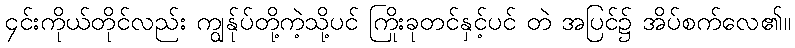
၄င်းကိုယ်တိုင်လည်း ကျွန်ုပ်တို့ကဲ့သို့ပင် ကြိုးခုတင်နှင့်ပင် တဲ အပြင်၌ အိပ်စက်လေ၏။